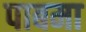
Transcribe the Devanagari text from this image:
पाबमा